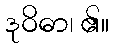
ဒုဝိဓာ၊ ၏။